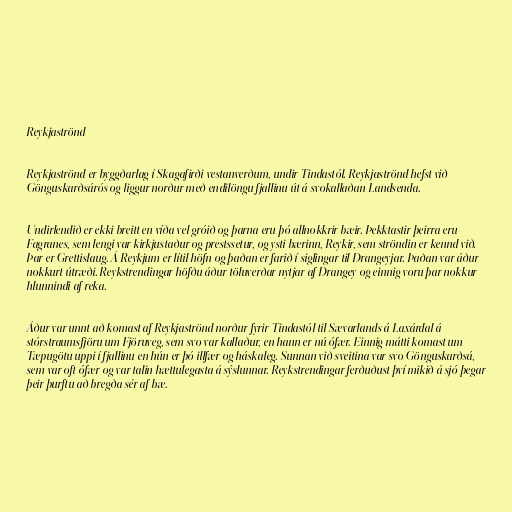
Reykjaströnd

Reykjaströnd er byggðarlag í Skagafirði vestanverðum, undir Tindastól. Reykjaströnd hefst við
Gönguskarðsárós og liggur norður með endilöngu fjallinu út á svokallaðan Landsenda.

Undirlendið er ekki breitt en víða vel gróið og þarna eru þó allnokkrir bæir. Þekktastir þeirra eru
Fagranes, sem lengi var kirkjustaður og prestssetur, og ysti bærinn, Reykir, sem ströndin er kennd við.
Þar er Grettislaug. Á Reykjum er lítil höfn og þaðan er farið í siglingar til Drangeyjar. Þaðan var áður
nokkurt útræði. Reykstrendingar höfðu áður töluverðar nytjar af Drangey og einnig voru þar nokkur
hlunnindi af reka.

Áður var unnt að komast af Reykjaströnd norður fyrir Tindastól til Sævarlands á Laxárdal á
stórstraumsfjöru um Fjöruveg, sem svo var kallaður, en hann er nú ófær. Einnig mátti komast um
Tæpugötu uppi í fjallinu en hún er þó illfær og háskaleg. Sunnan við sveitina var svo Gönguskarðsá,
sem var oft ófær og var talin hættulegasta á sýslunnar. Reykstrendingar ferðuðust því mikið á sjó þegar
þeir þurftu að bregða sér af bæ.